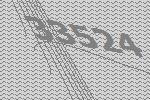
33524